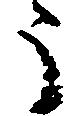
う